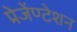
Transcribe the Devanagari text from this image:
प्रेजेंण्टेशन